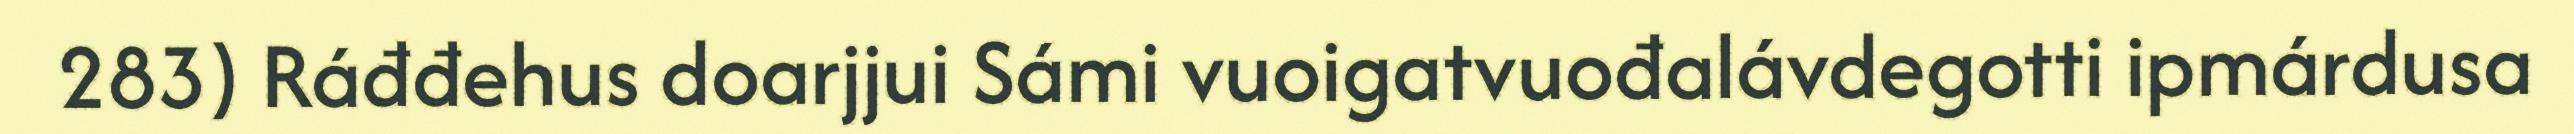
283) Ráđđehus doarjjui Sámi vuoigatvuođalávdegotti ipmárdusa